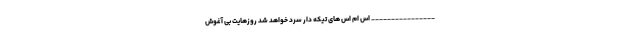
________________ اس ام اس های تیکه دار سرد خواهد شد روزهایت بی آغوش